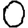
Digit: 0